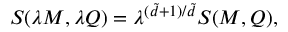
S ( \lambda M , \lambda Q ) = \lambda ^ { ( \tilde { d } + 1 ) / \tilde { d } } S ( M , Q ) ,